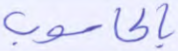
بالحاسوب